Indian journal of veterinary science and animal husbandry - Volume 14,
Year: 1944
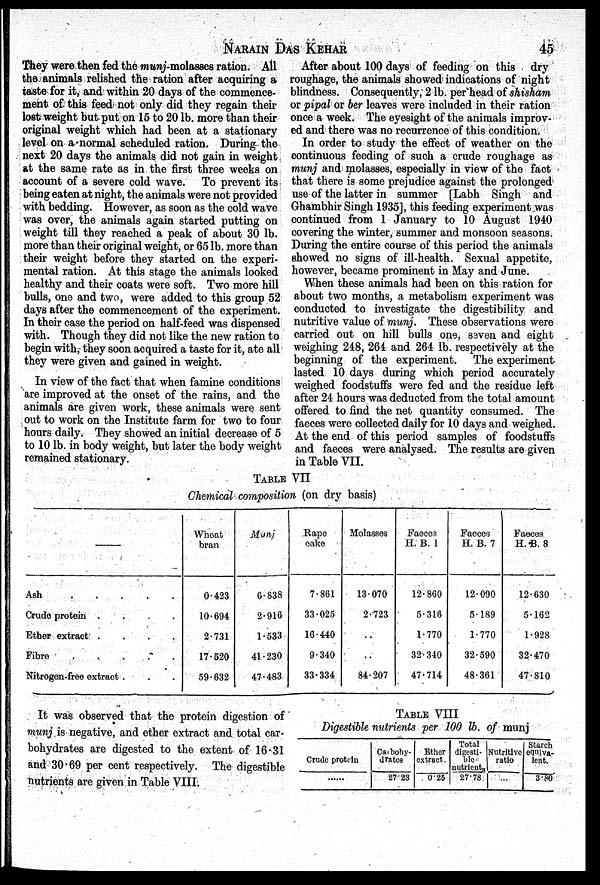
NARAIN
DAS
KEHAR
45
They were then fed the munj-molasses ration. All
the animals relished the ration after acquiring a
taste for it, and within 20 days of the commence-
ment of this feed not only did they regain their
lost weight but put on 15 to 20 lb. more than their
original weight which had been at a stationary
level on a normal scheduled ration. During the
next 20 days the animals did not gain in weight
at the same rate as in the first three weeks on
account of a severe cold wave. To prevent its
being eaten at night, the animals were not provided
with bedding. However, as soon as the cold wave
was over, the animals again started putting on
weight till they reached a peak of about 30 lb.
more than their original weight, or 65 lb. more than
their weight before they started on the experi-
mental ration. At this stage the animals looked
healthy and their coats were soft. Two more hill
bulls, one and two, were added to this group 52
days after the commencement of the experiment.
In their case the period on half-feed was dispensed
with. Though they did not like the new ration to
begin with, they soon acquired a taste for it, ate all
they were given and gained in weight.
In view of the fact that when famine conditions
are improved at the onset of the rains, and the
animals are given work, these animals were sent
out to work on the Institute farm for two to four
hours daily. They showed an initial decrease of 5
to 10 lb. in body weight, but later the body weight
remained stationary.
After about 100 days of feeding on this dry
roughage, the animals showed indications of night
blindness. Consequently, 2 lb. per head of shisham
or pipal or ber leaves were included in their ration
once a week. The eyesight of the animals improv-
ed and there was no recurrence of this condition.
In order to study the effect of weather on the
continuous feeding of such a crude roughage as
munj and molasses, especially in view of the fact
that there is some prejudice against the prolonged
use of the latter in summer [Labh Singh and
Ghambhir Singh 1935], this feeding experiment was
continued from 1 January to 10 August 1940
covering the winter, summer and monsoon seasons.
During the entire course of this period the animals
showed no signs of ill-health. Sexual appetite,
however, became prominent in May and June.
When these animals had been on this ration for
about two months, a metabolism experiment was
conducted to investigate the digestibility and
nutritive value of munj. These observations were
carried out on hill bulls one, seven and eight
weighing 248, 264 and 264 lb. respectively at the
beginning of the experiment. The experiment,
lasted 10 days during which period accurately
weighed foodstuffs were fed and the residue left
after 24 hours was deducted from the total amount
offered to find the net quantity consumed. The
faeces were collected daily for 10 days and weighed.
At the end of this period samples of foodstuffs
and faeces were analysed. The results are given
in Table VII.
TABLE VII
Chemical composition (on dry basis)
—
Ash
.
.
.
.
.
Crude protein
.
.
.
.
Ether extract
.
.
.
.
Fibre
.
.
.
.
.
Nitrogen-free extract . . .
Wheat
bran
0.423
10.694
2.731
17.520
59.632
Munj
6.838
2.916
1.533
41.230
47.483
Rape
cake
7.861
33.025
16.440
9.340
33.334
Molasses
13.070
2.723
..
..
84.207
Faeces
H. B. 1
12.860
5.316
1.770
32.340
47.714
Faeces
H. B. 7
12.090
5.189
1.770
32.590
48.361
Faeces
H. B. 8
12.630
5.162
1.928
32.470
47.810
It was observed that the protein digestion of
munj is negative, and ether extract and total car-
bohydrates are digested to the extent of 16.31
and 30.69 per cent respectively. The digestible
nutrients are given in Table VIII.
TABLE VIII
Digestible nutrients per 100 lb. of munj
Crude protein
......
Carbohy-
drates
27.23
Ether
extract.
0.25
Total
digesti-
ble
nutrients 27.78
Nutritive
ratio
...
Starch
equiva-
lent.
3.80